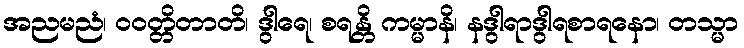
အညမညံ၊ ဝဝတ္တိတာတိ၊ ဒွါရေ၊ စရန္တိ ကမ္မာနိ၊ နဒွါရာဒွါရစာရနော၊ တသ္မာ